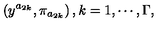
\left( y ^ { a _ { 2 k } } , \pi _ { a _ { 2 k } } \right) , k = 1 , \cdots , \Gamma ,